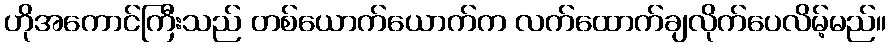
ဟိုအကောင်ကြီးသည် တစ်ယောက်ယောက်က လက်ထောက်ချလိုက်ပေလိမ့်မည်။